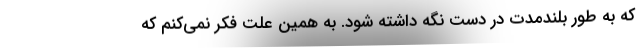
که به طور بلندمدت در دست نگه داشته شود. به همین علت فکر نمی‌کنم که